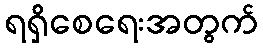
ရရှိစေရေးအတွက်